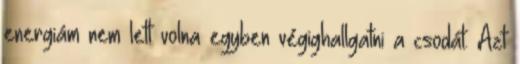
energiám nem lett volna egyben végighallgatni a csodát. Azt